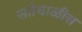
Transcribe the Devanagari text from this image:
सतेचाळीस